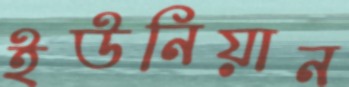
ইউনিয়ান